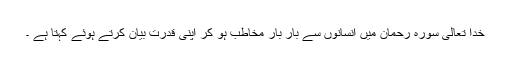
خدا تعالیٰ سورہ رحمان میں انسانوں سے بار بار مخاطب ہو کر اپنی قدرت بیان کرتے ہوئے کہتا ہے ۔